Annual report of the Punjab Veterinary College and of the Civil Veterinary Department, Punjab - 1909-1919
Year: 1909
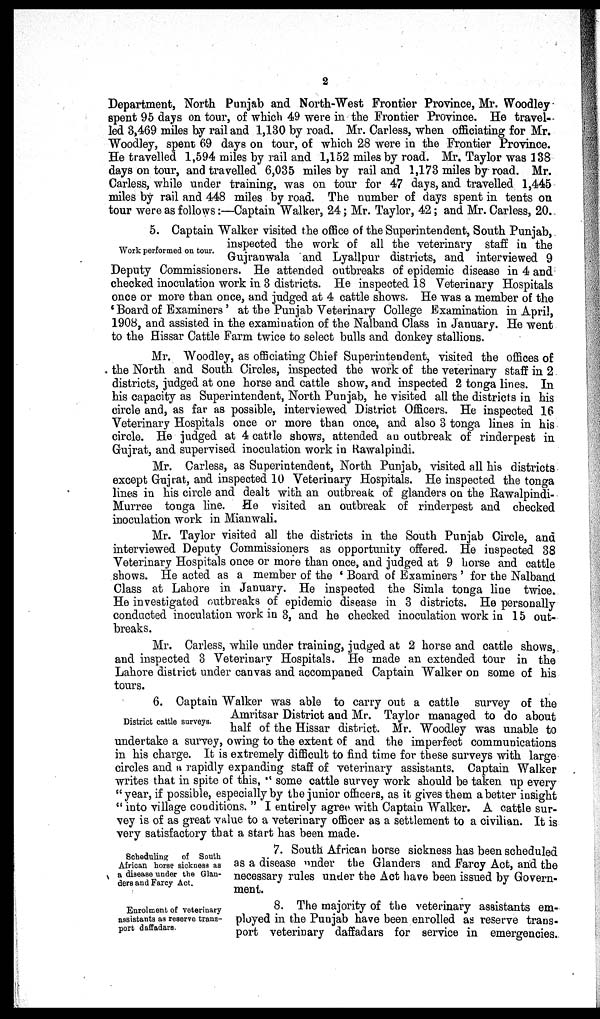
2
Department, North Punjab and North-West Frontier Province, Mr. Woodley
spent 95 days on tour, of which 49 were in the Frontier Province. He travel-
led 3,469 miles by rail and 1,130 by road. Mr. Carless, when officiating for Mr.
Woodley, spent 69 days on tour, of which 28 were in the Frontier Province.
He travelled 1,594 miles by rail and 1,152 miles by road. Mr. Taylor was 138
days on tour, and travelled 6,035 miles by rail and 1,173 miles by road. Mr.
Carless, while under training, was on tour for 47 days, and travelled 1,445
miles by rail and 448 miles by road. The number of days spent in tents on
tour were as follows:—Captain Walker, 24; Mr. Taylor, 42; and Mr. Carless, 20.
Work performed on tour.
5. Captain Walker visited the office of the Superintendent, South Punjab,
inspected the work of all the veterinary staff in the
Gujranwala and Lyallpur districts, and interviewed 9
Deputy Commissioners. He attended outbreaks of epidemic disease in 4 and
checked inoculation work in 3 districts. He inspected 18 Veterinary Hospitals
once or more than once, and judged at 4 cattle shows. He was a member of the
'Board of Examiners' at the Punjab Veterinary College Examination in April,
1908, and assisted in the examination of the Nalband Class in January. He went
to the Hissar Cattle Farm twice to select bulls and donkey stallions.
Mr. Woodley, as officiating Chief Superintendent, visited the offices of
the North and South Circles, inspected the work of the veterinary staff in 2
districts, judged at one horse and cattle show, and inspected 2 tonga lines. In
his capacity as Superintendent, North Punjab, he visited all the districts in his
circle and, as far as possible, interviewed District Officers. He inspected 16
Veterinary Hospitals once or more than once, and also 3 tonga lines in his
circle. He judged at 4 cattle shows, attended an outbreak of rinderpest in
Gujrat, and supervised inoculation work in Rawalpindi.
Mr. Carless, as Superintendent, North Punjab, visited all his districts
except Gujrat, and inspected 10 Veterinary Hospitals. He inspected the tonga
lines in his circle and dealt with an outbreak of glanders on the Rawalpindi-
Murree tonga line. He visited an outbreak of rinderpest and checked
inoculation work in Mianwali.
Mr. Taylor visited all the districts in the South Punjab Circle, and
interviewed Deputy Commissioners as opportunity offered. He inspected 38
Veterinary Hospitals once or more than once, and judged at 9 horse and cattle
shows. He acted as a member of the 'Board of Examiners' for the Nalband
Class at Lahore in January. He inspected the Simla tonga line twice.
He investigated outbreaks of epidemic disease in 3 districts. He personally
conducted inoculation work in 3, and he checked inoculation work in 15 out-
breaks.
Mr. Carless, while under training, judged at 2 horse and cattle shows,
and inspected 3 Veterinary Hospitals. He made an extended tour in the
Lahore district under canvas and accompaned Captain Walker on some of his
tours.
District cattle surveys.
6. Captain Walker was able to carry out a cattle survey of the
Amritsar District and Mr. Taylor managed to do about
half of the Hissar district. Mr. Woodley was unable to
undertake a survey, owing to the extent of and the imperfect communications
in his charge. It is extremely difficult to find time for these surveys with large
circles and a rapidly expanding staff of veterinary assistants. Captain Walker
writes that in spite of this, "some cattle survey work should be taken up every
"year, if possible, especially by the junior officers, as it gives them a better insight
"into village conditions." I entirely agree with Captain Walker. A cattle sur-
vey is of as great value to a veterinary officer as a settlement to a civilian. It is
very satisfactory that a start has been made.
Scheduling of South
African horse sickness as
a disease under the Glan-
ders and Farcy Act.
7. South African horse sickness has been scheduled
as a disease under the Glanders and Farcy Act, and the
necessary rules under the Act have been issued by Govern-
ment.
Enrolment of veterinary
assistants as reserve trans-
port daffadars.
8. The majority of the veterinary assistants em-
ployed in the Punjab have been enrolled as reserve trans-
port veterinary daffadars for service in emergencies.